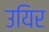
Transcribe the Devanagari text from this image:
उयिर